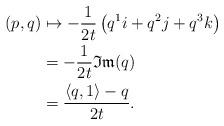
LaTeX: \begin{align*}\left(p,q\right)&\mapsto-\frac{1}{2t}\left(q^{1}i+q^{2}j+q^{3}k\right)\\&=-\frac{1}{2t}\mathfrak{Im}(q)\\&=\frac{\left<q,1\right>-q}{2t}.\end{align*}